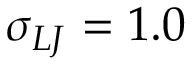
\sigma _ { L J } = 1 . 0